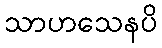
သာဟသေနပိ